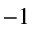
^ { - 1 }